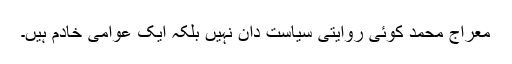
معراج محمد کوئی روایتی سیاست دان نہیں بلکہ ایک عوامی خادم ہیں۔